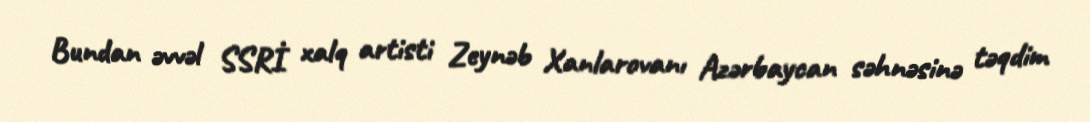
Bundan əvvəl SSRİ xalq artisti Zeynəb Xanlarovanı Azərbaycan səhnəsinə təqdim